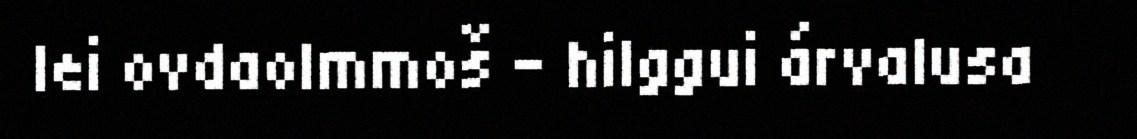
lei ovdaolmmoš - hilggui árvalusa